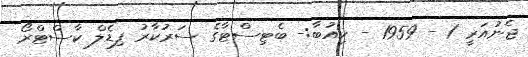
ޖެނުއަރީ 1 - 1959 - ކިއުބާ:- ބެޓިސްޓާގެ ސަރުކާރު ފިޑެލް ކާސްޓްރޯ